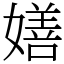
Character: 嫸